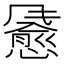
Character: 𫗄